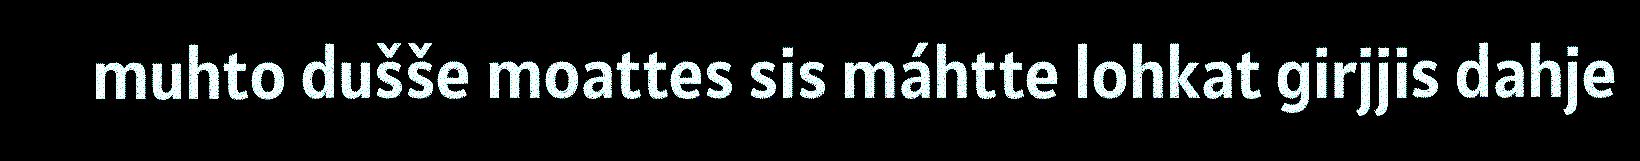
muhto dušše moattes sis máhtte lohkat girjjis dahje